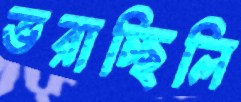
ভরাচ্ছিলি